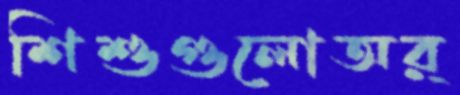
শিশুগুলোঅর্